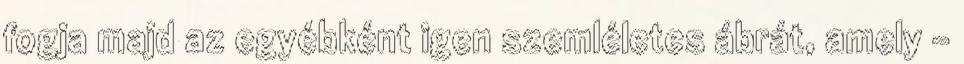
fogja majd az egyébként igen szemléletes ábrát, amely -